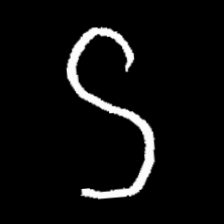
Pyu character \u2014 Myanmar letter: ဌ (romanized: ttha)